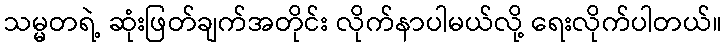
သမ္မတရဲ့ ဆုံးဖြတ်ချက်အတိုင်း လိုက်နာပါမယ်လို့ ရေးလိုက်ပါတယ်။